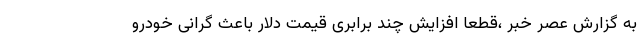
به گزارش عصر خبر ،قطعا افزایش چند برابری قیمت دلار باعث گرانی خودرو